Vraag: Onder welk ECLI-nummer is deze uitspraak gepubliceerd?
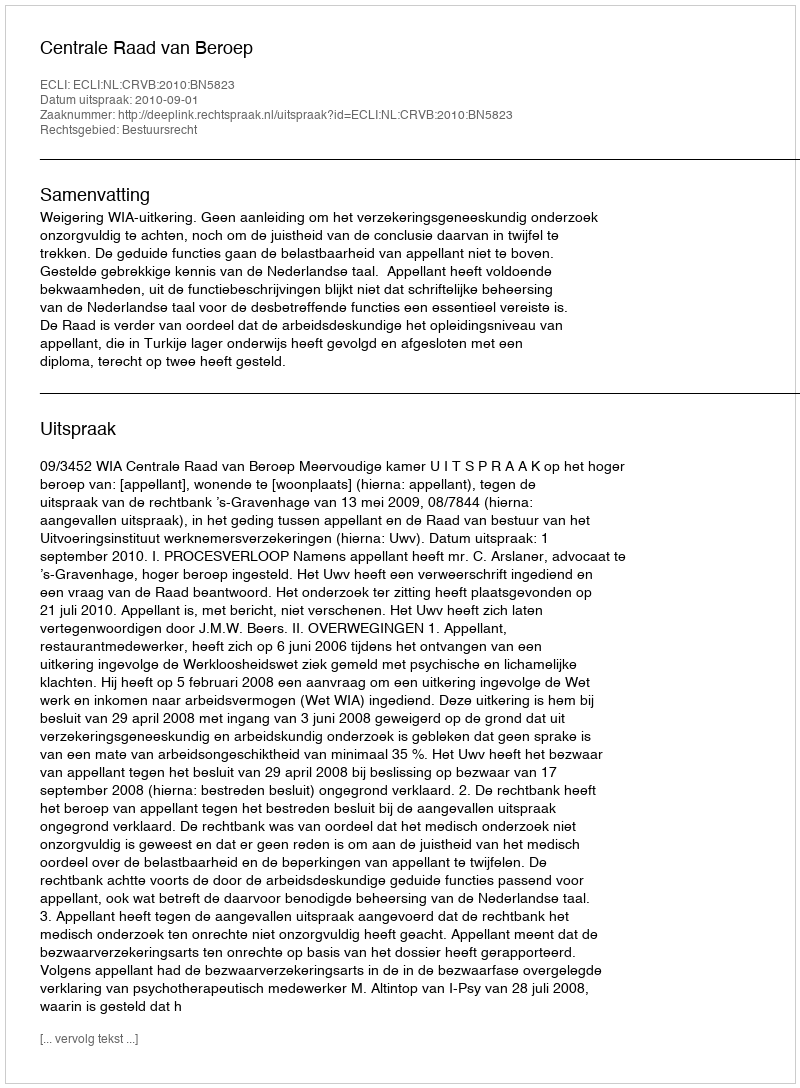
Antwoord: ECLI:NL:CRVB:2010:BN5823